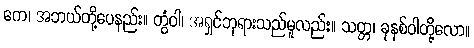
ကေ၊ အဘယ်တို့ပေနည်း။ တွံဝါ၊ အရှင်ဘုရားသည်မူလည်း။ သတ္တ၊ ခုနစ်ဝါတို့လော။